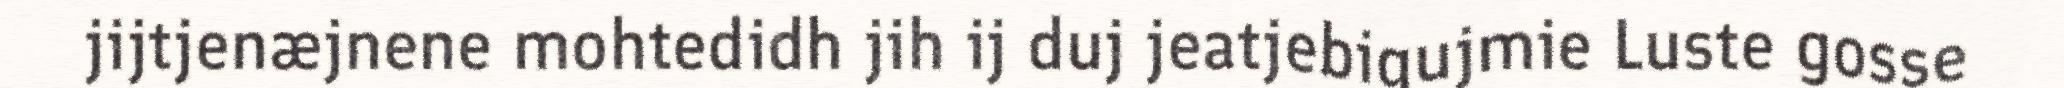
jijtjenæjnene mohtedidh jih ij duj jeatjebigujmie Luste gosse